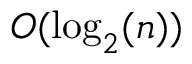
O ( \log _ { 2 } ( n ) )